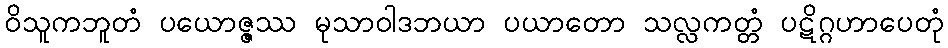
ဝိသူကဘူတံ ပယောဇ္ဇဿ မုသာဝါဒဘယာ ပယာတော သလ္လကတ္တံ ပဋိဂ္ဂဟာပေတုံ